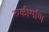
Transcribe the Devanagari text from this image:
रुकीमणि